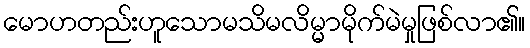
မောဟတည်းဟူသောမသိမလိမ္မာမိုက်မဲမှုဖြစ်လာ၏။